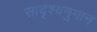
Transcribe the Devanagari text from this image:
सादृश्यनुमान